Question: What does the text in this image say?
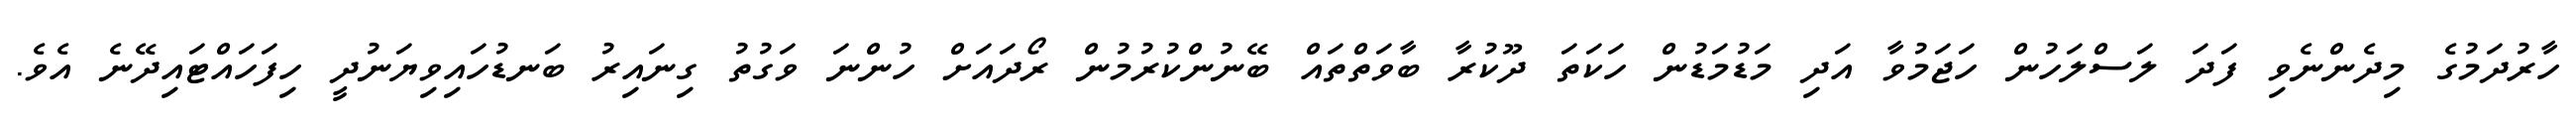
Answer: ހާރުދަމުގެ މިދެންނެވި ފަދަ ލަސްލަހުން ހަޖަމުވާ އަދި މަޑުމަޑުން ހަކަތަ ދޫކުރާ ބާވަތްތައް ބޭނުންކުރުމުން ރޯދައަށް ހުންނަ ވަގުތު ގިނައިރު ބަނޑުހައިވިޔަނުދީ ހިފަހައްޓައިދޭނެ އެވެ.